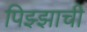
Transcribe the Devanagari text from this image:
पिझ्झाची